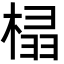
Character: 榋